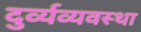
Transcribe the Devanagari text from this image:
दुर्व्यव्यवस्था